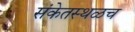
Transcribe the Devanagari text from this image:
संकेतस्थळच